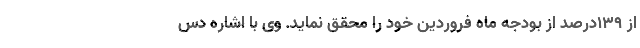
از 139درصد از بودجه ماه فروردین خود را محقق نماید. وی با اشاره دس